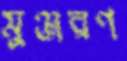
মুঞ্জরণ